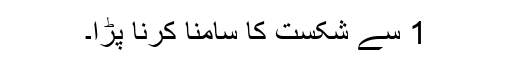
1 سے شکست کا سامنا کرنا پڑا۔